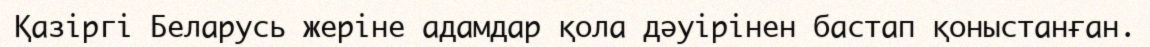
Қазіргі Беларусь жеріне адамдар қола дәуірінен бастап қоныстанған.